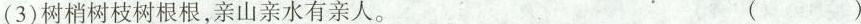
(3)树梢树枝树根根，亲山亲水有亲人。 ( )